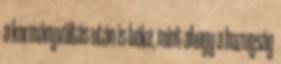
a kormányváltás után is béke, mint ahogy a hazugság